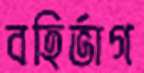
বহির্ভাগ